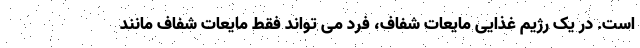
است. در یک رژیم غذایی مایعات شفاف، فرد می تواند فقط مایعات شفاف مانند